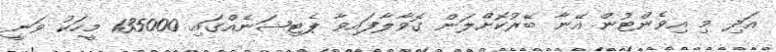
އަދި މި އިވެންޓުން އޭނާ ބޭރުކޮށްލަން ގޮވާލާފައިވާ ޕެޓިޝަނެއްގައި 135000 މީހަކު ވަނީ